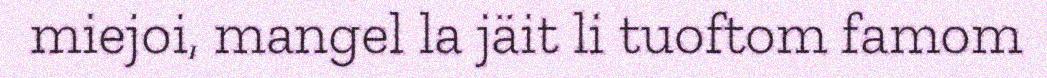
miejoi, mangel la jäit li tuoftom famom